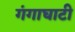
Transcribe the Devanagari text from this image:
गंगाघाटी